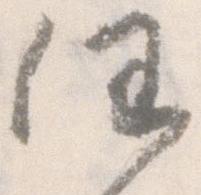
任